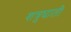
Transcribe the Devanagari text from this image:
शत्रुघाती